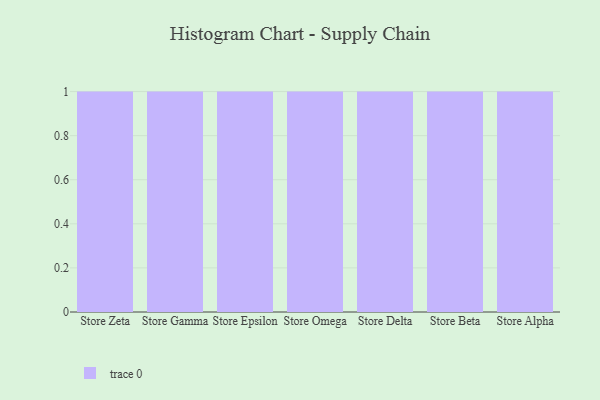
{"axis": {"x": "Store", "y": "Shipments"}, "legend": [""], "data": [{"x": "Store Zeta", "y": 69, "type": ""}, {"x": "Store Gamma", "y": 52, "type": ""}, {"x": "Store Epsilon", "y": 38, "type": ""}, {"x": "Store Omega", "y": 81, "type": ""}, {"x": "Store Delta", "y": 6, "type": ""}, {"x": "Store Beta", "y": 33, "type": ""}, {"x": "Store Alpha", "y": 22, "type": ""}]}